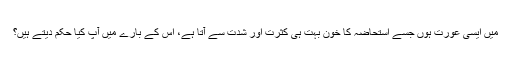
ميں ايسی عورت ہوں جسے استحاضہ کا خون بہت ہی کثرت اور شدت سے آتا ہے، اس کے بارے میں آپ کیا حکم دیتے ہیں؟